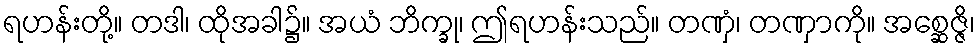
ရဟန်းတို့။ တဒါ၊ ထိုအခါ၌။ အယံ ဘိက္ခု၊ ဤရဟန်းသည်။ တဏှံ၊ တဏှာကို။ အစ္ဆေဇ္ဇိ၊